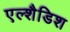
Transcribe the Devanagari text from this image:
एल्शैडिश